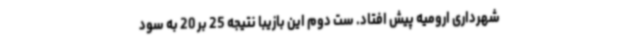
شهرداری ارومیه پیش افتاد. ست دوم این بازیبا نتیجه 25 بر 20 به سود